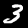
Digit: 3